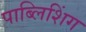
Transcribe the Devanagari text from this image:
पाब्लिशिंग